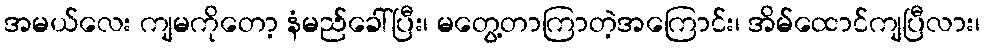
အမယ်လေး ကျမကိုတော့ နံမည်ခေါ်ပြီး၊ မတွေ့တာကြာတဲ့အကြောင်း၊ အိမ်ထောင်ကျပြီလား၊